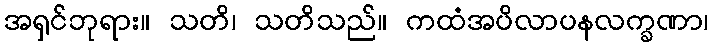
အရှင်ဘုရား။ သတိ၊ သတိသည်။ ကထံအပိလာပနလက္ခဏာ၊